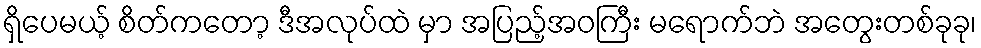
ရှိပေမယ့် စိတ်ကတော့ ဒီအလုပ်ထဲ မှာ အပြည့်အဝကြီး မရောက်ဘဲ အတွေးတစ်ခုခု၊